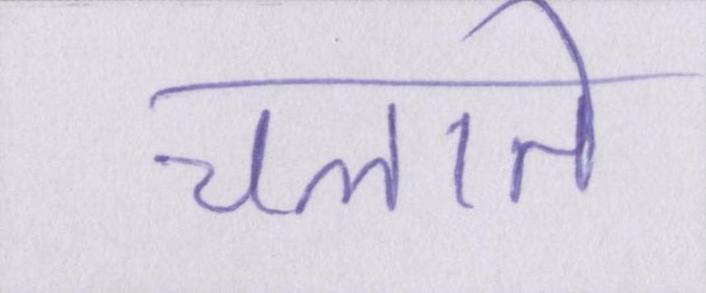
चलाते